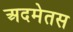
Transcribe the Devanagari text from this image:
अदमेतस